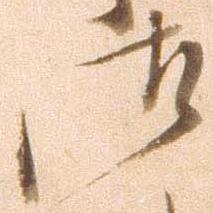
御